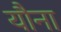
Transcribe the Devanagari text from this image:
यौना